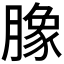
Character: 𭩈